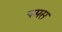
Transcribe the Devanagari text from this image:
चमस